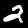
Digit: 2